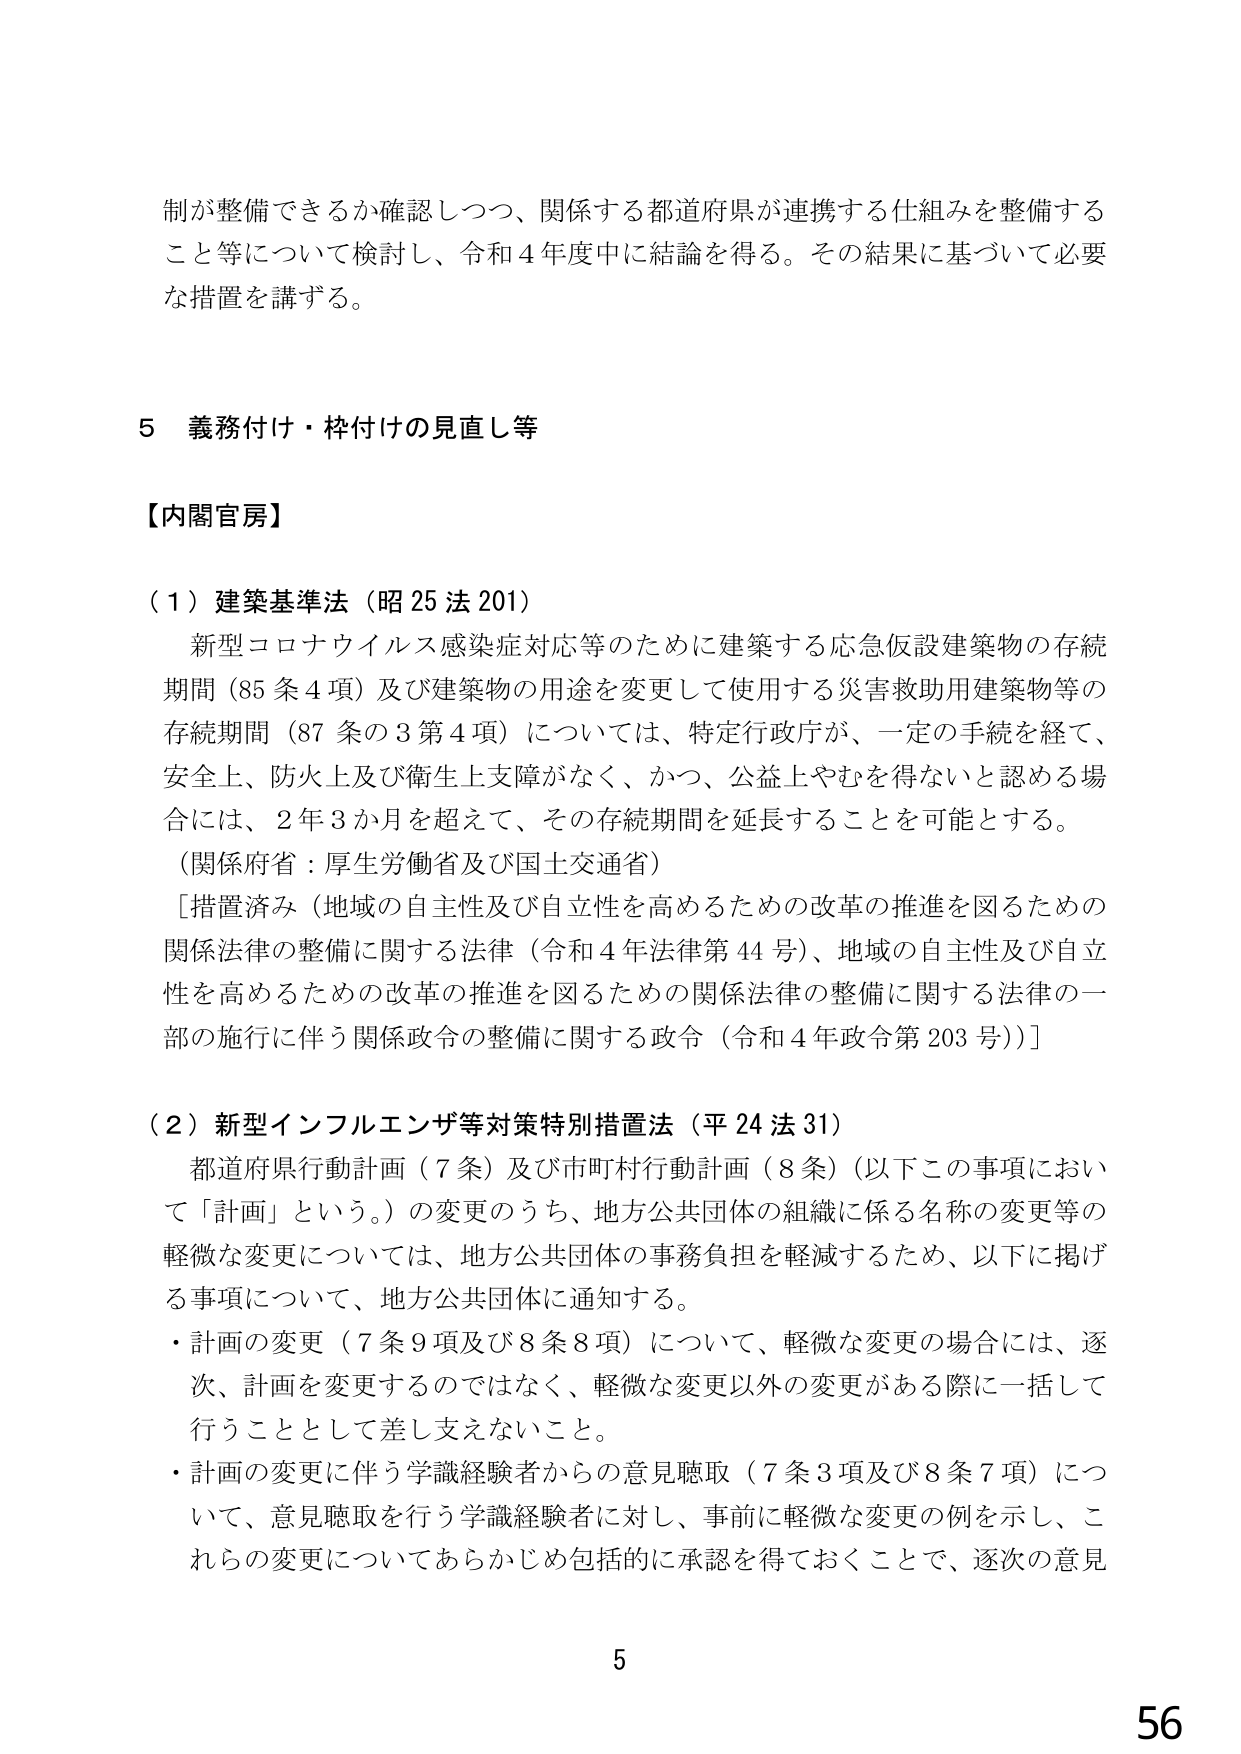
制が整備できるか確認しつつ、関係する都道府県が連携する仕組みを整備すること等について検討し、令和４年度中に結論を得る。その結果に基づいて必要な措置を講ずる。

５ 義務付け・枠付けの見直し等

【内閣官房】

（１）建築基準法（昭25法201）
　新型コロナウイルス感染症対応等のために建築する応急仮設建築物の存続期間（85条4項）及び建築物の用途を変更して使用する災害救助用建築物等の存続期間（87条の3第4項）については、特定行政庁が、一定の手続を経て、安全上、防火上及び衛生上支障がなく、かつ、公益上やむを得ないと認める場合には、2年3か月を超えて、その存続期間を延長することを可能とする。
　（関係府省：厚生労働省及び国土交通省）
　［措置済み（地域の自主性及び自立性を高めるための改革の推進を図るための関係法律の整備に関する法律（令和4年法律第44号）、地域の自主性及び自立性を高めるための改革の推進を図るための関係法律の整備に関する法律の一部の施行に伴う関係政令の整備に関する政令（令和4年政令第203号））］

（２）新型インフルエンザ等対策特別措置法（平24法31）
　都道府県行動計画（7条）及び市町村行動計画（8条）（以下この事項において「計画」という。）の変更のうち、地方公共団体の組織に係る名称の変更等の軽微な変更については、地方公共団体の事務負担を軽減するため、以下に掲げる事項について、地方公共団体に通知する。
・計画の変更（7条9項及び8条8項）について、軽微な変更の場合には、逐次、計画を変更するのではなく、軽微な変更以外の変更がある際に一括して行うこととして差し支えないこと。
・計画の変更に伴う学識経験者からの意見聴取（7条3項及び8条7項）について、意見聴取を行う学識経験者に対し、事前に軽微な変更の例を示し、これらの変更についてあらかじめ包括的に承認を得ておくことで、逐次の意見

5
56